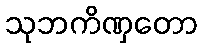
သုဘကိဏှတော